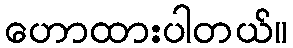
ဟောထားပါတယ်။